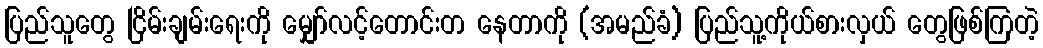
ပြည်သူတွေ ငြိမ်းချမ်းရေးကို မျှော်လင့်တောင်းတ နေတာကို (အမည်ခံ) ပြည်သူ့ကိုယ်စားလှယ် တွေဖြစ်ကြတဲ့